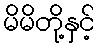
မိမိတို့နှင့်